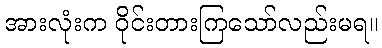
အားလုံးက ဝိုင်းတားကြသော်လည်းမရ။